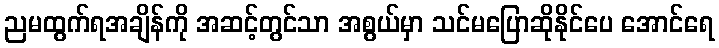
ညမထွက်ရအချိန်ကို အဆင့်တွင်သာ အစွယ်မှာ သင်မပြောဆိုနိုင်ပေ အောင်ရေ